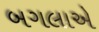
બગલાએ